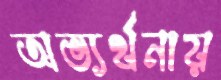
অভ্যর্থনায়